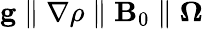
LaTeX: \mathbf{g}\parallel\nabla\rho\parallel\mathbf{B}_{0}\parallel\boldsymbol{\Omega}